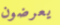
يعرضون